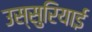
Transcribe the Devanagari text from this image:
उस्सुरियाई